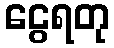
ငွေရတု